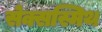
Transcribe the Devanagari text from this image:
सेक्सस्मिथ